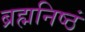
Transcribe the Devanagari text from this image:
ब्रह्मनिष्ठं